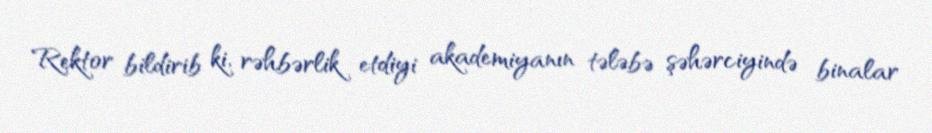
Rektor bildirib ki, rəhbərlik etdiyi akademiyanın tələbə şəhərciyində binalar